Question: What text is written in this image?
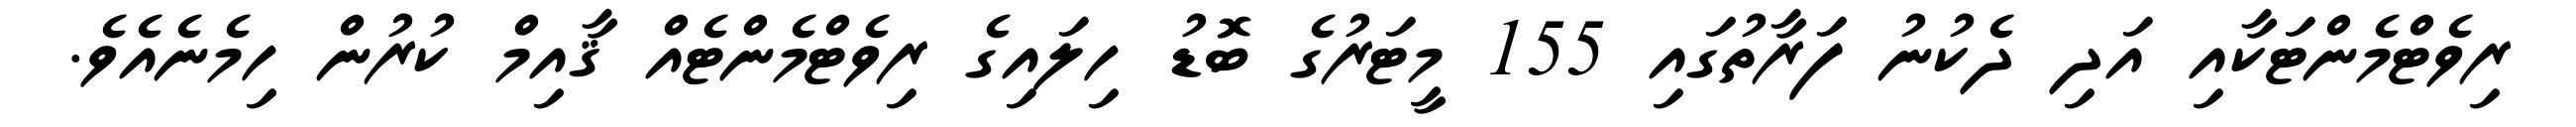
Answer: ރިވެޓްމެންޓަކާއި އަދި ދެކުނު ފަރާތުގައި 155 މީޓަރުގެ ބޮޑު ހިލައިގެ ރިވެޓްމެންޓެއް ޤާއިމް ކުރުން ހިމެނެއެވެ.